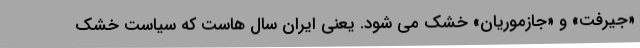
«جیرفت» و «جازموریان» خشک می شود. یعنی ایران سال هاست که سیاست خشک